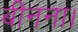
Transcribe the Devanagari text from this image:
बीनना।